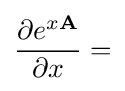
{\frac {\partial e^{x\mathbf {A} }}{\partial x}}=